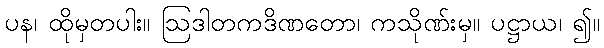
ပန၊ ထိုမှတပါး။ ဩဒါတကဒိဏတော၊ ကသိုဏ်းမှ။ ပဋ္ဌာယ၊ ၍။